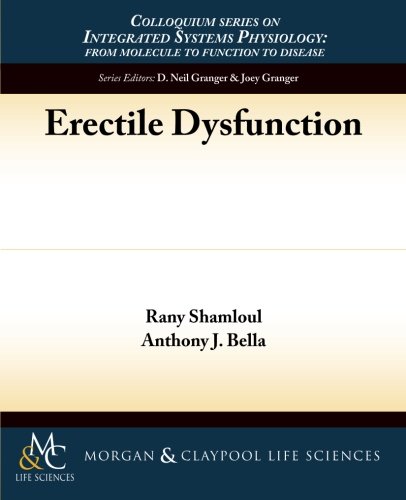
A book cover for Erectile Dysfunction; Rany Shamloul; Health, Fitness & Dieting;